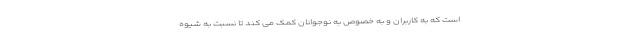
است که به کاربران و به خصوص به نوجوانان کمک می کند تا نسبت به شیوه